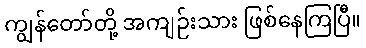
ကျွန်တော်တို့ အကျဉ်းသား ဖြစ်နေကြပြီ။